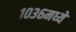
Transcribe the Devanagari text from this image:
१०३६मध्ये